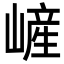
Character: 嵼